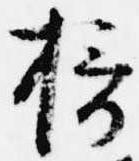
摂